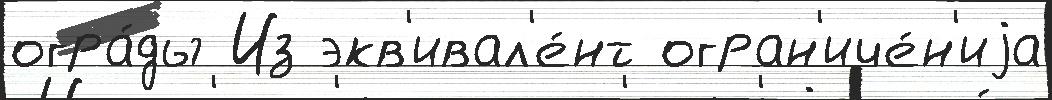
огра́ды Из экв'ивал'е́нт огран'иче́н'иjа